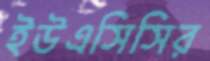
ইউএসিসির